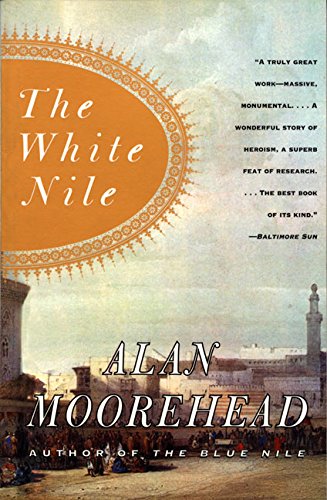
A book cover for The White Nile; Alan Moorehead; Science & Math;